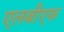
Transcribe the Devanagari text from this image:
एलबीएफ